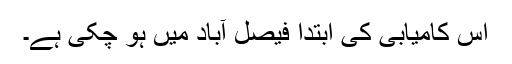
اس کامیابی کی ابتدا فیصل آباد میں ہو چکی ہے۔